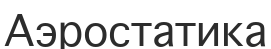
Аэростатика